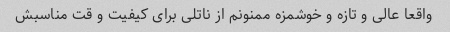
واقعا عالی و تازه و خوشمزه ممنونم از ناتلی برای کیفیت و قت مناسبش